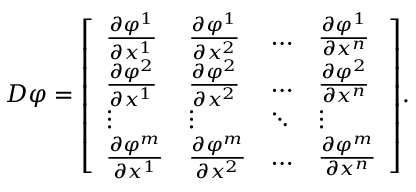
D \varphi = { \left[ \begin{array} { l l l l } { { \frac { \partial \varphi ^ { 1 } } { \partial x ^ { 1 } } } } & { { \frac { \partial \varphi ^ { 1 } } { \partial x ^ { 2 } } } } & { \dots } & { { \frac { \partial \varphi ^ { 1 } } { \partial x ^ { n } } } } \\ { { \frac { \partial \varphi ^ { 2 } } { \partial x ^ { 1 } } } } & { { \frac { \partial \varphi ^ { 2 } } { \partial x ^ { 2 } } } } & { \dots } & { { \frac { \partial \varphi ^ { 2 } } { \partial x ^ { n } } } } \\ { \vdots } & { \vdots } & { \ddots } & { \vdots } \\ { { \frac { \partial \varphi ^ { m } } { \partial x ^ { 1 } } } } & { { \frac { \partial \varphi ^ { m } } { \partial x ^ { 2 } } } } & { \dots } & { { \frac { \partial \varphi ^ { m } } { \partial x ^ { n } } } } \end{array} \right] } .